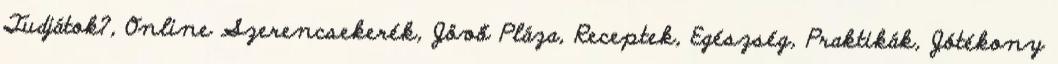
Tudjátok?, Online Szerencsekerék, Jövő Pláza, Receptek, Egészség, Praktikák, Jótékony